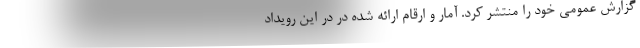
گزارش عمومی خود را منتشر کرد. آمار و ارقام ارائه شده در در این رویداد